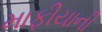
માફીયાની